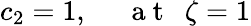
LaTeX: c_{2}=1,~~~~~\mathrm{~a~t~}~~\zeta=1